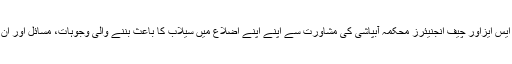
انہوں نے کہا کہ تمام متعلقہ اضلاع کے ڈی سی اوز حضرات علاقے کے ایکسئنز، ایس ایزاور چیف انجنیئرز محکمہ آبپاشی کی مشاورت سے اپنے اپنے اضلاع میں سیلاب کا باعث بننے والی وجوہات، مسائل اور ان کے مستقل حل کے بارے میں جامع رپورٹس تیار کر کے پی ڈی ایم اے بھجوائیں ۔